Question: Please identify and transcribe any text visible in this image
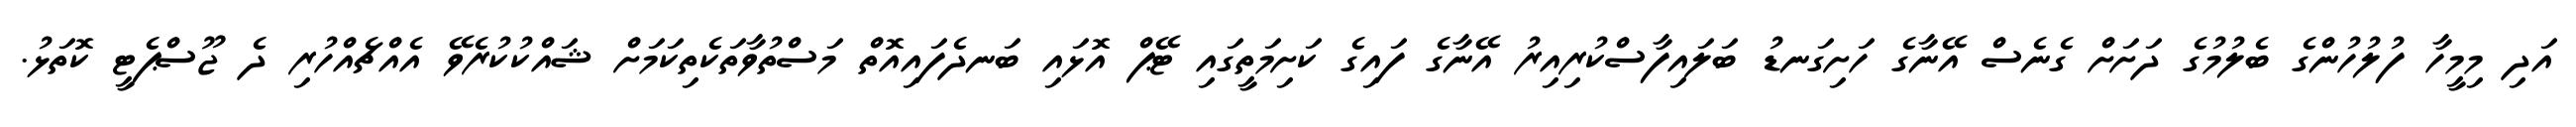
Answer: އަދި މިމީހާ ފުލުހުންގެ ބެލުމުގެ ދަށަށް ގެނެސް އޭނާގެ ހަށިގަނޑު ބަލައިފާސްކުރިއިރު އޭނާގެ ފައިގެ ކަށިމަތީގައި ޓޭޕް އޮޅައި ބަނދެފައިއޮތް މަސްތުވާތަކެތިކަމަށް ޝައްކުކުރެވޭ އެއްޗެއްހުރި ދެ ޖޫސްޕެޓީ ކޮތަޅު.